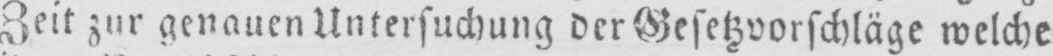
Zeit zur genauen Untersuchung der Gesetzvorschläge welche